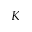
K